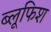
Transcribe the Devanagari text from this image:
ब्लूफिश